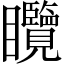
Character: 𥍖